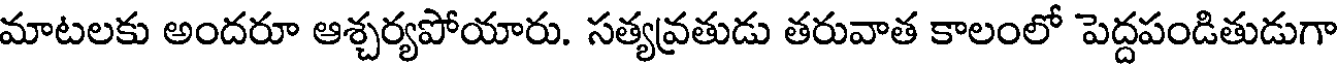
మాటలకు అందరూ ఆశ్చర్యపోయారు. సత్యవ్రతుడు తరువాత కాలంలో పెద్దపండితుడుగా